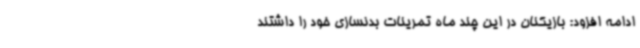
ادامه افزود: بازیکنان در این چند ماه تمرینات بدنسازی خود را داشتند